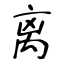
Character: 离